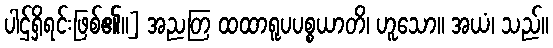
ပါဌ်ရှိရင်းဖြစ်၏။] အညတြ ထထာရူပပစ္စယာတိ၊ ဟူသော။ အယံ၊ သည်။